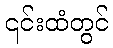
၎င်းထံတွင်